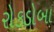
રોકડોબા